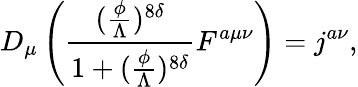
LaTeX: D_{\mu}\left(\frac{(\frac{\phi}{\Lambda})^{8\delta}}{1+(\frac{\phi}{\Lambda})^{8\delta}}F^{a\mu\nu}\right)=j^{a\nu},